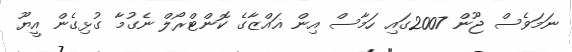
ނަމަވެސް ޖޫން 2007ގައި ހަމާސް އިން ޣައްޒާގެ ކޮންޓްރޯލް ނެގުމާ ގުޅިގެން އީޔޫ